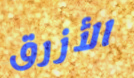
الأزرق